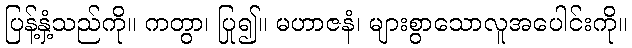
ပြန့်နှံ့သည်ကို။ ကတွာ၊ ပြု၍။ မဟာဇနံ၊ များစွာသောလူအပေါင်းကို။